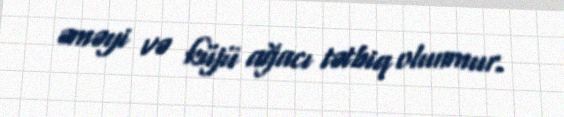
əməyi və küjü ağacı tətbiq olunmur.